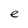
Character: e